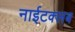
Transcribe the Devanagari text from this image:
नाईटक्लब